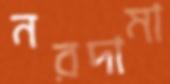
নরদামা